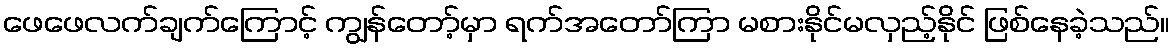
ဖေဖေလက်ချက်ကြောင့် ကျွန်တော့်မှာ ရက်အတော်ကြာ မစားနိုင်မလှည့်နိုင် ဖြစ်နေခဲ့သည်။